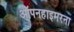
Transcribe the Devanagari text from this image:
ऑपनहाइमरना